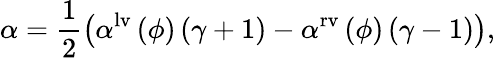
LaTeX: \alpha=\frac{1}{2}\left(\alpha^{\mathrm{{lv}}}\left(\phi\right)\left(\gamma+1\right)-\alpha^{\mathrm{{rv}}}\left(\phi\right)\left(\gamma-1\right)\right),